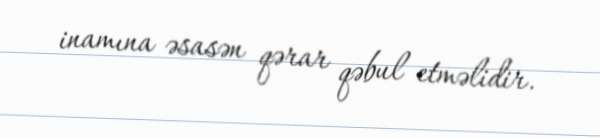
inamına əsasən qərar qəbul etməlidir.